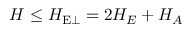
H \leq H _ { \mathrm { E \perp } } = 2 H _ { E } + H _ { A }